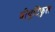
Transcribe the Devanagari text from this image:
बीयुटिफुल